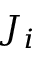
J _ { i }